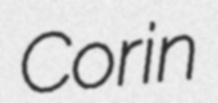
Corin